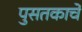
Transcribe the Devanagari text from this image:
पुसतकाचे